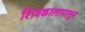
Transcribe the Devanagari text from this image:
शिवकालापासून